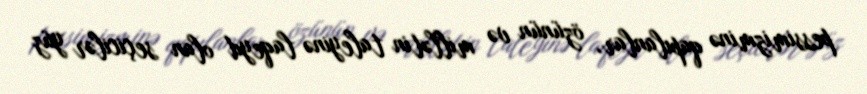
pessimizminə qapılanlar, özünün və millətin taleyinə laqeyd olan seçicilər yüz